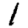
Digit: 1